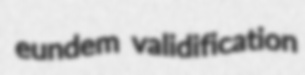
eundem validification